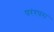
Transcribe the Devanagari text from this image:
परंरपरा